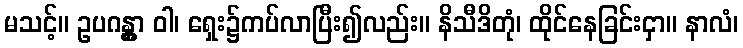
မသင့်။ ဥပဂန္တွာ ဝါ၊ ရှေး၌ကပ်လာပြီး၍လည်း။ နိသီဒိတုံ၊ ထိုင်နေခြင်းငှာ။ နာလံ၊